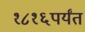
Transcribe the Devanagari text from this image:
१८१६पर्यंत